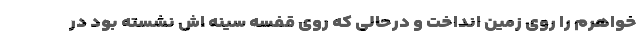
خواهرم را روی زمین انداخت و درحالی که روی قفسه سینه اش نشسته بود در